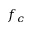
f _ { c }